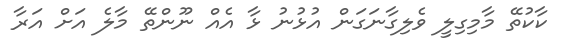
ކާކުތޭ މާމިގިލީ ވެލިގާނަގަން އުޅުނު ޅާ އެއް ނޫންތޭ މާލެ އަށް އަރާ